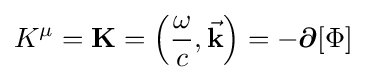
K^{\mu }=\mathbf {K} =\left({\frac {\omega }{c}},{\vec {\mathbf {k} }}\right)=-{\boldsymbol {\partial }}[\Phi ]